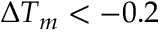
\Delta T _ { m } < - 0 . 2